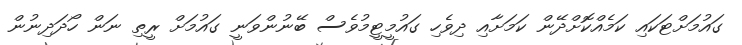
ގައުމަށްޓަކައި ކަމެއްކޮށްދޭން ކަމަށާއި ދިވެހި ގައުމީޓީމުވެސް ބޭނުންވަނީ ގައުމަށް ރީތި ނަން ހޯދަދިނުން